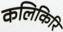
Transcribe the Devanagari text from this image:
कलिकिरि